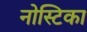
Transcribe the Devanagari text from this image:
नोस्टिका